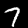
Digit: 7